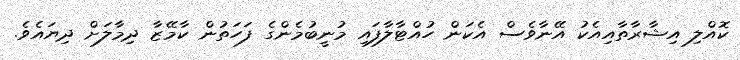
ކޮއްލި އިޝާރާތާއިއެކު އޭނާވެސް އެކަން ހުއްޓާލާފައި މުނީބުމެންގެ ފަހަތުން ކާމޭޒާ ދިމާލަށް ދިޔައެވެ.